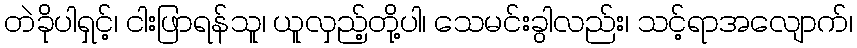
တဲခိုပါရှင့်၊ ငါးဖြာရန်သူ၊ ယူလှည့်တို့ပါ၊ သေမင်းခွါလည်း၊ သင့်ရာအလျောက်၊